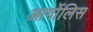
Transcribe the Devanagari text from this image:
आर्गोलिस